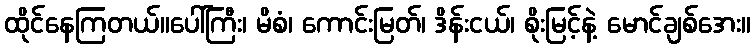
ထိုင်နေကြတယ်။ပေါ်ကြီး၊ မိစံ၊ ကောင်းမြတ်၊ ဒိန်းငယ်၊ စိုးမြင့်နဲ့ မောင်ချစ်အေး။